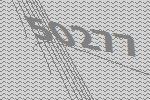
50277